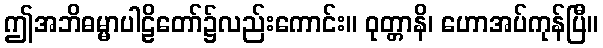
ဤအဘိဓမ္မာပါဠိတော်၌လည်းကောင်း။ ဝုတ္တာနိ၊ ဟောအပ်ကုန်ပြီ။